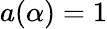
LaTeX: a(\alpha)=1